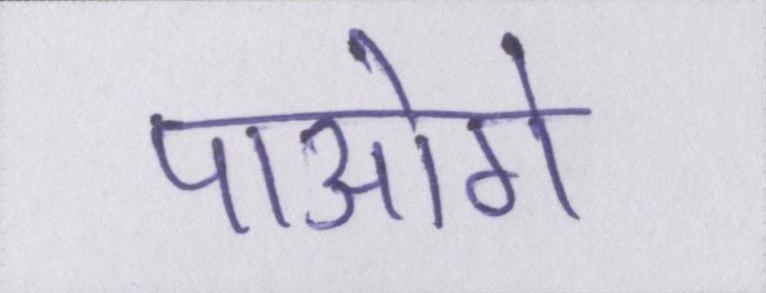
पाओगे